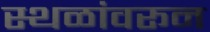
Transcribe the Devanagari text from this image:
स्थळांवरून